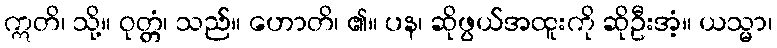
ဣတိ၊ သို့။ ဝုတ္တံ၊ သည်။ ဟောတိ၊ ၏။ ပန၊ ဆိုဖွယ်အထူးကို ဆိုဦးအံ့။ ယသ္မာ၊